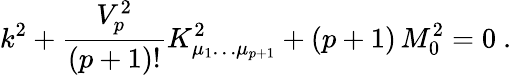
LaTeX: k^{2}+{\frac{V_{p}^{2}}{(p+1)!}}K_{\mu_{1}\dots\mu_{p+1}}^{2}+(p+1)\, M_{0}^{2}=0\ .